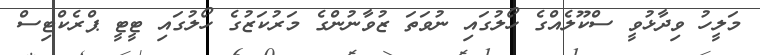
މަލީހު ވިދާޅުވީ ސްކޫލެއްގެ ހޯލުގައި ނުވަތަ ޒުވާނުންގެ މަރުކަޒުގެ ހޯލުގައި ޓީޓީ ޕްރެކްޓިސް